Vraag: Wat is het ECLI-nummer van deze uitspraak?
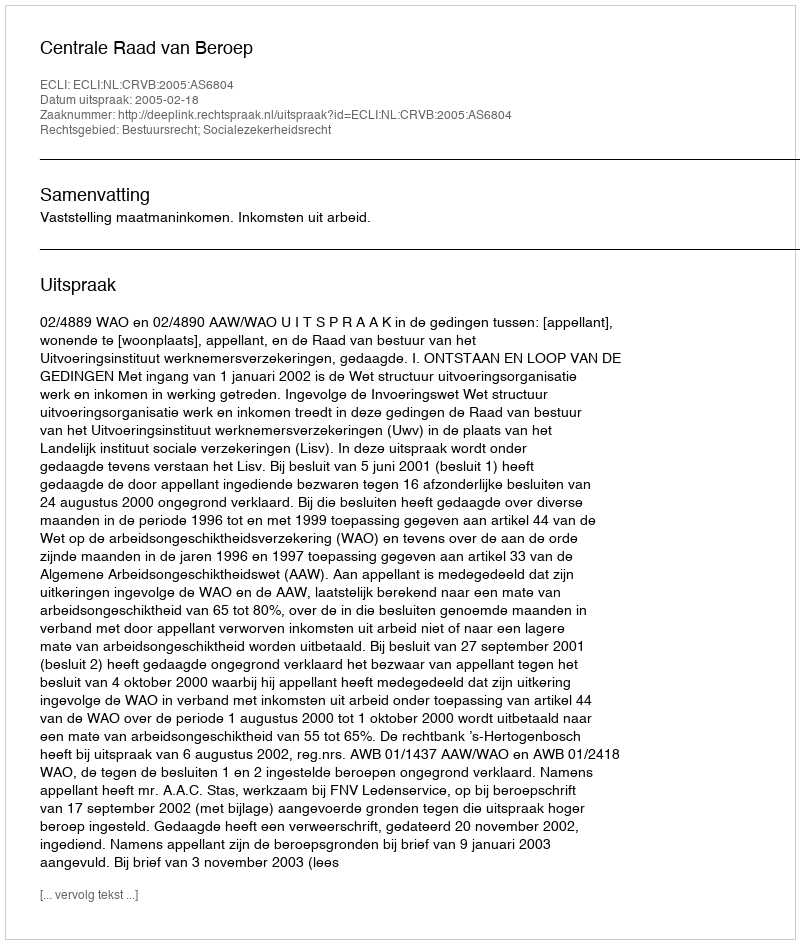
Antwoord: ECLI:NL:CRVB:2005:AS6804